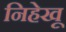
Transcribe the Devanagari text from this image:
निहेखू